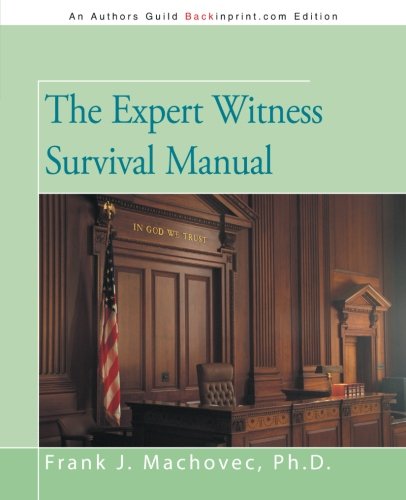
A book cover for The Expert Witness Survival Manual; Frank J. Machovec; Law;